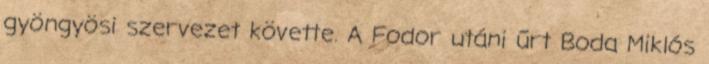
gyöngyösi szervezet követte. A Fodor utáni űrt Boda Miklós